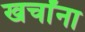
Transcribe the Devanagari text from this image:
खर्चांना